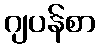
ဂျပန်စာ